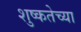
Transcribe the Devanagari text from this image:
शुष्कतेच्या